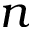
n